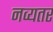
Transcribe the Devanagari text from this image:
नव्यतर